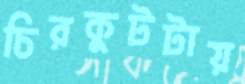
চিরকুটটায়